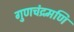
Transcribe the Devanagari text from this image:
गुणचंद्रमणि